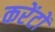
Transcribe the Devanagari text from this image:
करेंटों